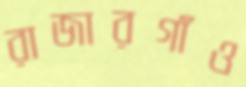
রাজারগাঁও